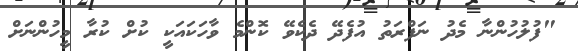
"ފުލުހުންނާ މެދު ނަފްރަތު އުފެދޭ ދެކެވޭ ކޮންމެ ވާހަކައަކީ ކުށް ކުރާ މީހުންނަށް